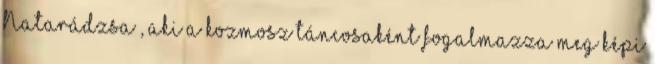
Natarádzsa , aki a kozmosz táncosaként fogalmazza meg képi